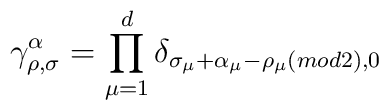
\gamma^\alpha_{\rho,\sigma}=\prod_{\mu=1}^d\delta_{\sigma_\mu+\alpha_\mu-\rho_\mu(mod2),0}